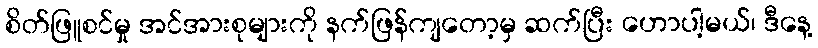
စိတ်ဖြူစင်မှု အင်အားစုများကို နက်ဖြန်ကျတော့မှ ဆက်ပြီး ဟောပါ့မယ်၊ ဒီနေ့